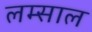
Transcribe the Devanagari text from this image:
लम्साल